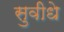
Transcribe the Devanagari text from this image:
सुवीधे